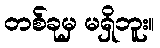
တစ်ခုမှ မရှိဘူး။